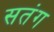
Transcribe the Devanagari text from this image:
सतंग